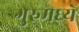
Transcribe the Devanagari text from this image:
गुरुमध्ये